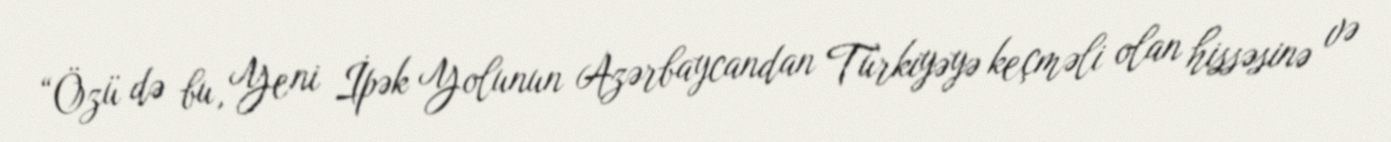
“Özü də bu, Yeni İpək Yolunun Azərbaycandan Türkiyəyə keçməli olan hissəsinə və